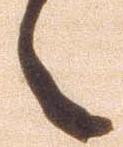
々